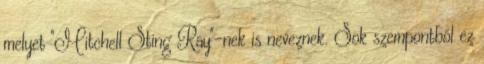
melyet "Mitchell Sting Ray"-nek is neveznek. Sok szempontból ez